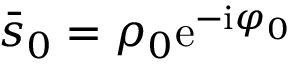
\bar { s } _ { 0 } = \rho _ { 0 } \mathrm { e } ^ { - \mathrm { i } \varphi _ { 0 } }